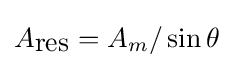
A_{\mbox{res}}=A_{m}/\sin \theta